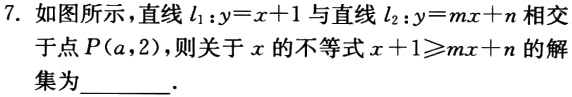
7. 如图所示，直线$l_{1}:y = x + 1$与直线$l_{2}:y = mx + n$相交于点$P(a,2)$，则关于$x$的不等式$x + 1\geqslant mx + n$的解集为________．